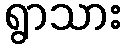
ရွာသား